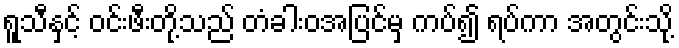
ရူသီနှင့် ဝင်းဖီးတို့သည် တံခါးဝအပြင်မှ ကပ်၍ ရပ်ကာ အတွင်းသို့